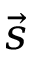
\vec { s }